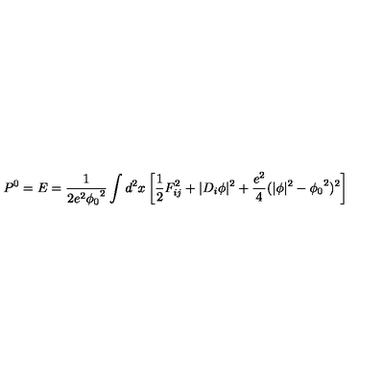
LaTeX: P ^ { 0 } = E = \frac { 1 } { 2 e ^ { 2 } { \phi _ { 0 } } ^ { 2 } } \int d ^ { 2 } x \left[ \frac { 1 } { 2 } F _ { i j } ^ { 2 } + \vert D _ { i } \phi \vert ^ { 2 } + \frac { e ^ { 2 } } { 4 } ( \vert \phi \vert ^ { 2 } - { \phi _ { 0 } } ^ { 2 } ) ^ { 2 } \right]